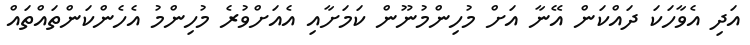
އަދި އެވާހަކަ ދައްކަން އޭނާ އަށް މުހިންމުނޫން ކަމަށާއި އެއަށްވުރެ މުހިންމު އެހެންކަންތައްތައް